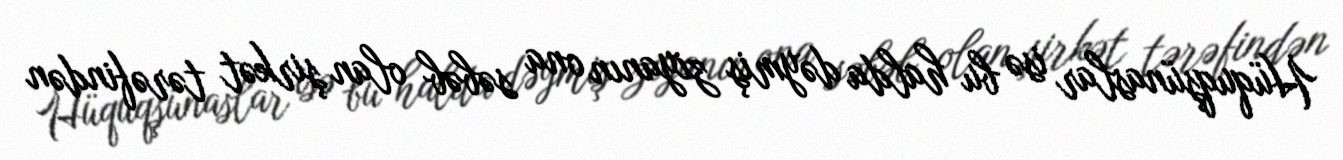
Hüquqşünaslar isə bu halda dəymiş ziyanın ona səbəb olan şirkət tərəfindən